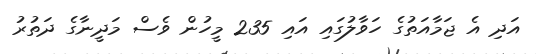
އަދި އެ ޖަމާއަތުގެ ހަވާލުގައި އައި 235 މީހުން ވެސް މަދީނާގެ ދަތުރު